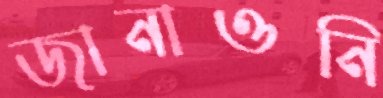
জানাওনি